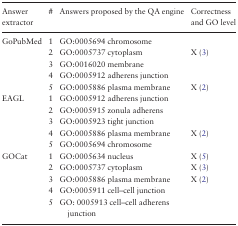
<table><thead><tr><td><b>Answer extractor</b></td><td><b>#</b></td><td><b>Answers proposed by the QA engine</b></td><td><b>Correctness and GO level</b></td></tr></thead><tbody><tr><td rowspan="5">GoPubMed</td><td>1</td><td>GO:0005694 chromosome</td><td></td></tr><tr><td>2</td><td>GO:0005737 cytoplasm</td><td>X (3)</td></tr><tr><td>3</td><td>GO:0016020 membrane</td><td></td></tr><tr><td>4</td><td>GO:0005912 adherens junction</td><td></td></tr><tr><td>5</td><td>GO:0005886 plasma membrane</td><td>X (2)</td></tr><tr><td rowspan="5">EAGL</td><td>1</td><td>GO:0005912 adherens junction</td><td></td></tr><tr><td>2</td><td>GO:0005915 zonula adherens</td><td></td></tr><tr><td>3</td><td>GO:0005923 tight junction</td><td></td></tr><tr><td>4</td><td>GO:0005886 plasma membrane</td><td>X (2)</td></tr><tr><td>5</td><td>GO:0005694 chromosome</td><td></td></tr><tr><td rowspan="5">GOCat</td><td>1</td><td>GO:0005634 nucleus</td><td>X (5)</td></tr><tr><td>2</td><td>GO:0005737 cytoplasm</td><td>X (3)</td></tr><tr><td>3</td><td>GO:0005886 plasma membrane</td><td>X (2)</td></tr><tr><td>4</td><td>GO:0005911 cell–cell junction</td><td></td></tr><tr><td>5</td><td>GO: 0005913 cell–cell adherens junction</td><td></td></tr></tbody></table>